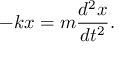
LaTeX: - k x = m { \frac { d ^ { 2 } x } { d t ^ { 2 } } } .